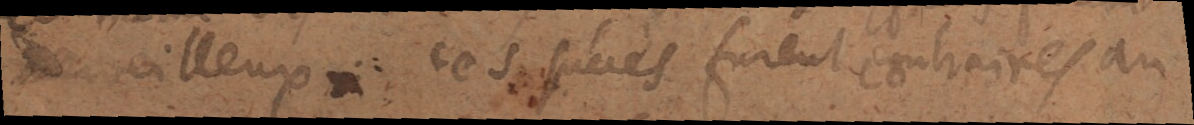
merveilleux ces succes furent contraires au